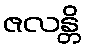
ဇလန္တိ